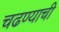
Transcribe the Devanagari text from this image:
चढण्याची